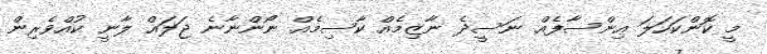
މީ ކޮންކަހަލަ އިންސާފެއް ނަސީދެ ނާޒިމެއް ކާސިމެއް ނޯންނާނެ ޖަލައް ލާނީ ކުއްވެރިން